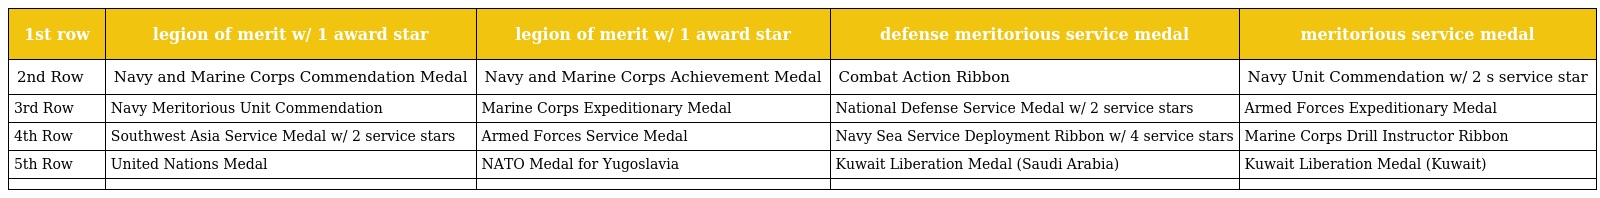
| 1st row | legion of merit w/ 1 award star | legion of merit w/ 1 award star | defense meritorious service medal | meritorious service medal |
 | --- | --- | --- | --- | --- |
 | 2nd Row | Navy and Marine Corps Commendation Medal | Navy and Marine Corps Achievement Medal | Combat Action Ribbon | Navy Unit Commendation w/ 2 s service star |
 | 3rd Row | Navy Meritorious Unit Commendation | Marine Corps Expeditionary Medal | National Defense Service Medal w/ 2 service stars | Armed Forces Expeditionary Medal |
 | 4th Row | Southwest Asia Service Medal w/ 2 service stars | Armed Forces Service Medal | Navy Sea Service Deployment Ribbon w/ 4 service stars | Marine Corps Drill Instructor Ribbon |
 | 5th Row | United Nations Medal | NATO Medal for Yugoslavia | Kuwait Liberation Medal (Saudi Arabia) | Kuwait Liberation Medal (Kuwait) |
 |  |  |  |  |  |